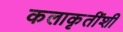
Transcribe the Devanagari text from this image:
कलाकृतींशी